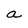
Character: a